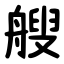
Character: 艘